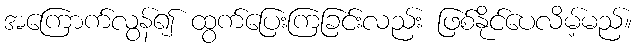
အကြောက်လွန်၍ ထွက်ပြေးကြခြင်းလည်း ဖြစ်နိုင်ပေလိမ့်မည်။